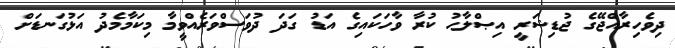
ދިވެހިރާއްޖޭގެ ޖުޑިޝަރީ އިޞްލާޙު ކުރާ ވާހަކައިގެ އަޑު ގަދަ ދުވަސްވަރެއްވީމާ މިކަމާމެދު އަޅުގަނޑަށް